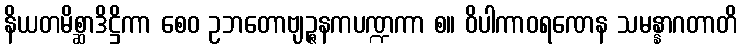
နိယတမိစ္ဆာဒိဋ္ဌိကာ စေဝ ဥဘတောဗျဉ္ဇနကပဏ္ဍကာ စ။ ဝိပါကာဝရဏေန သမန္နာဂတာတိ